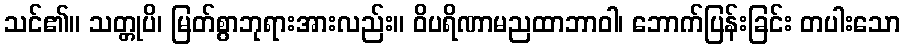
သင်၏။ သတ္တုပိ၊ မြတ်စွာဘုရားအားလည်း။ ဝိပရိဏာမညထာဘာဝါ၊ ဘောက်ပြန်းခြင်း တပါးသော